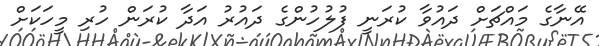
އޭނާގެ މައްޗަށް ދައުވާ ކުރަނީ ފުލުހުންގެ ދައުރު އަދާ ކުރަން ހުރި މީހަކަށް